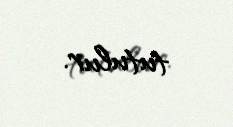
tutulur.